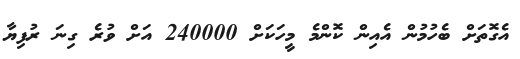
އެގޮތަށް ބެހުމުން އެއިން ކޮންމެ މީހަކަށް 240000 އަށް ވުރެ ގިނަ ރުފިޔާ